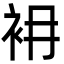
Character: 衻